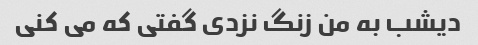
دیشب به من زنگ نزدی گفتی که می کنی